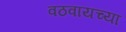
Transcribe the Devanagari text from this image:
वठवायच्या